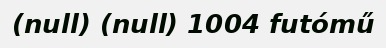
(null) (null) 1004 futómű